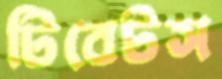
টিবেটস